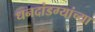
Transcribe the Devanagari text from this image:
धनदांडग्यांच्या